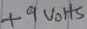
Text: +9Volts